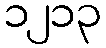
၁၂၁၃